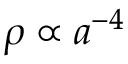
\rho \propto a ^ { - 4 }